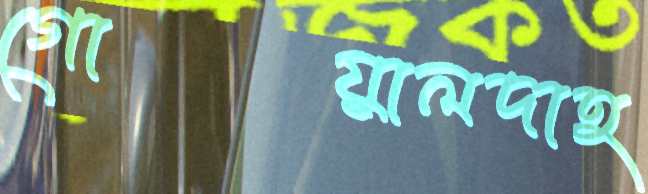
গোয়ালদাহ